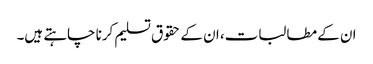
ان کے مطالبات، ان کے حقوق تسلیم کرنا چاہتے ہیں۔